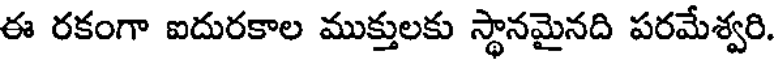
ఈ రకంగా ఐదురకాల ముక్తులకు స్థానమైనది పరమేశ్వరి.